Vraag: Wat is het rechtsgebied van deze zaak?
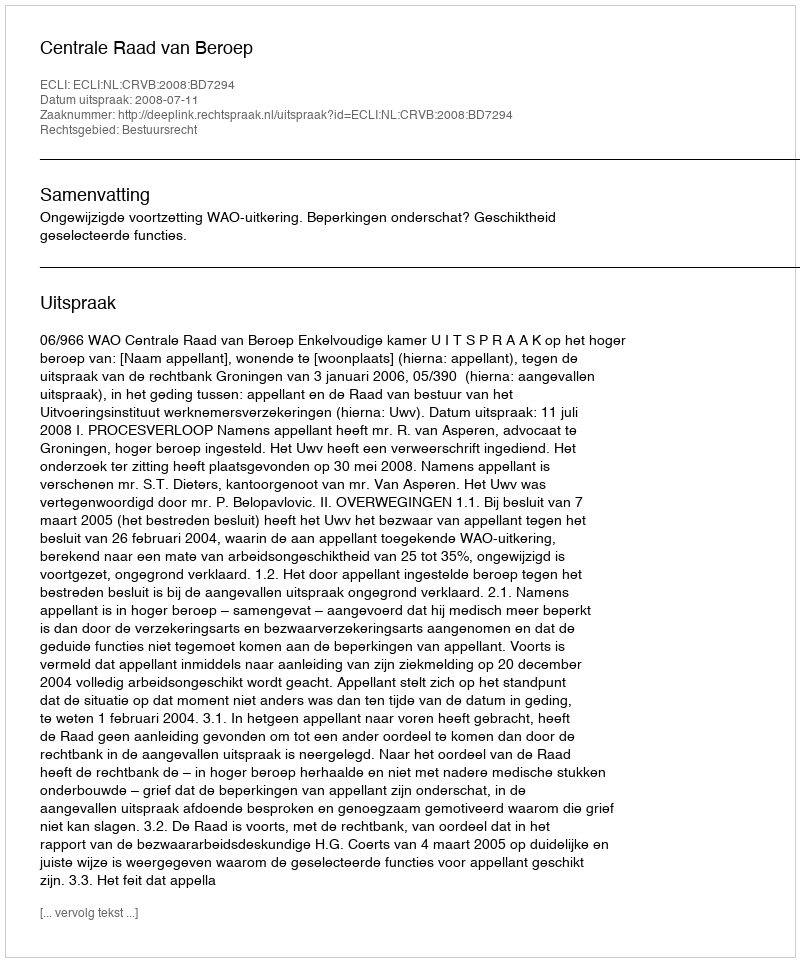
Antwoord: Bestuursrecht